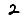
Digit: 2